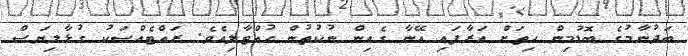
ބަދުނާމުގެ ބޮޑުމިން ހިތަށް އަރާފައި އޭނާ ގެއިން ނުކުތުން ހުއްޓާލިއެވެ. ރައްޓެއްސަކު ގުޅާލިޔަސް